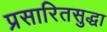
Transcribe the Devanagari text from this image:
प्रसारितसुद्धा